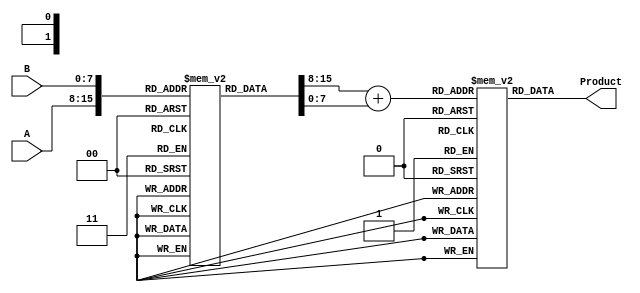
module LogarithmicMultiplier #(
    parameter N = 8, // Input width
    parameter M = 8, // Logarithmic representation width
    parameter P = 16 // Output width
)(
    input [N-1:0] A, // Input A
    input [N-1:0] B, // Input B
    output reg [P-1:0] Product // Output Product
);

    // Logarithmic LUT (example values, should be filled with actual log values)
    reg [M-1:0] logLUT [0:255]; // 256 entries for 8-bit input
    initial begin
        // Populate logLUT with appropriate logarithmic values
        // Example: logLUT[0] = 0, logLUT[1] = 0, logLUT[2] = 1, ...
        // Fill in the actual logarithmic values based on your precision requirements
    end

    // Exponential LUT (example values, should be filled with actual exp values)
    reg [P-1:0] expLUT [0:(1 << M)-1]; // 2^M entries for M-bit input
    initial begin
        // Populate expLUT with appropriate exponential values
        // Example: expLUT[0] = 1, expLUT[1] = 2, expLUT[2] = 4, ...
        // Fill in the actual exponential values based on your precision requirements
    end

    // Internal signals
    reg [M-1:0] logA;
    reg [M-1:0] logB;
    reg [M-1:0] logResult;

    always @(*) begin
        // Logarithmic conversion
        logA = logLUT[A];
        logB = logLUT[B];

        // Addition of logarithmic values
        logResult = logA + logB;

        // Exponential conversion
        Product = expLUT[logResult];
    end

endmodule